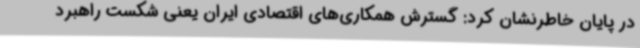
در پایان خاطرنشان کرد: گسترش همکاری‌های اقتصادی ایران یعنی شکست راهبرد